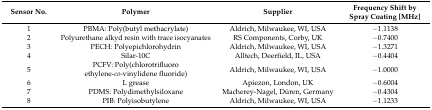
<table><thead><tr><td><b>Sensor No.</b></td><td><b>Polymer</b></td><td><b>Supplier</b></td><td><b>Frequency Shift by Spray Coating [MHz]</b></td></tr></thead><tbody><tr><td>1</td><td>PBMA: Poly(butyl methacrylate)</td><td>Aldrich, Milwaukee, WI, USA</td><td>−1.1138</td></tr><tr><td>2</td><td>Polyurethane alkyd resin with trace isocyanates</td><td>RS Components, Corby, UK</td><td>−0.7400</td></tr><tr><td>3</td><td>PECH: Polyepichlorohydrin</td><td>Aldrich, Milwaukee, WI, USA</td><td>−1.3271</td></tr><tr><td>4</td><td>Silar-10C</td><td>Alltech, Deerfield, IL, USA</td><td>−0.4404</td></tr><tr><td>5</td><td>PCFV: Poly(chlorotrifluoro ethylene-<i>co</i>-vinylidene fluoride)</td><td>Aldrich, Milwaukee, WI, USA</td><td>−1.0000</td></tr><tr><td>6</td><td>L grease</td><td>Apiezon, London, UK</td><td>−0.6004</td></tr><tr><td>7</td><td>PDMS: Polydimethylsiloxane</td><td>Macherey-Nagel, Düren, Germany</td><td>−0.4304</td></tr><tr><td>8</td><td>PIB: Polyisobutylene</td><td>Aldrich, Milwaukee, WI, USA</td><td>−1.1233</td></tr></tbody></table>